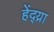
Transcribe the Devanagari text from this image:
हेंद्य्रा